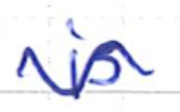
Text: is
Cross-out: wave
Writing tool: ballpoint